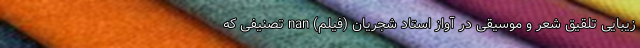
زیبایی تلقیق شعر و موسیقی در آواز استاد شجریان (فیلم) nan تصنیفی که